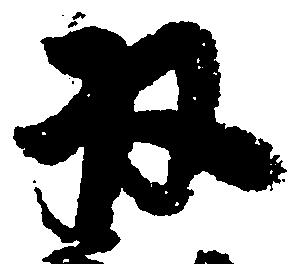
収